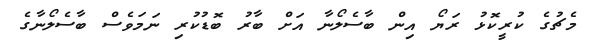
މެޗުގެ ކުރީކޮޅު ރަޔޯ އިން ބާސެލޯނާ އަށް ބާރު ބޮޑުކުރި ނަމަވެސް ބާސެލޯނާގެ